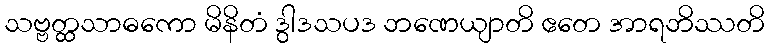
သဗ္ဗတ္ထသာဓကော မိနိတံ ဒွါဒသပဒ ဘဏေယျာတိ ဧတေ အာရဘိဿတိ